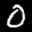
Label: 0